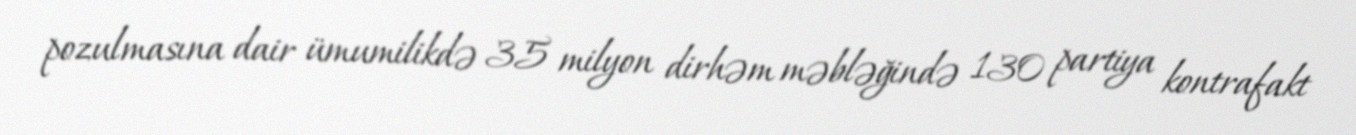
pozulmasına dair ümumilikdə 35 milyon dirhəm məbləğində 130 partiya kontrafakt